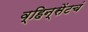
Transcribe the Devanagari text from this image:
व्हिन्सेंटचं